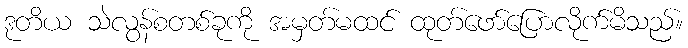
ဒုတိယ သဲလွန်စတစ်ခုကို အမှတ်မထင် ထုတ်ဖော်ပြောလိုက်မိသည်။